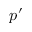
p ^ { \prime }